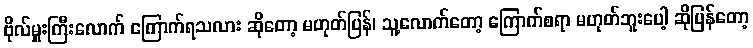
ဗိုလ်မှူးကြီးလောက် ကြောက်ရသလား ဆိုတော့ မဟုတ်ပြန်၊ သူ့လောက်တော့ ကြောက်စရာ မဟုတ်ဘူးပေါ့ ဆိုပြန်တော့